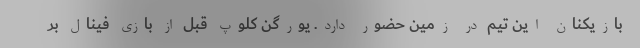
بازیکنان این تیم در زمین حضور دارد. یورگن کلوپ قبل از بازی فینال بر